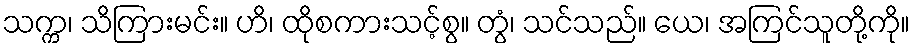
သက္က၊ သိကြားမင်း။ ဟိ၊ ထိုစကားသင့်စွ။ တွံ၊ သင်သည်။ ယေ၊ အကြင်သူတို့ကို။